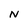
Character: N